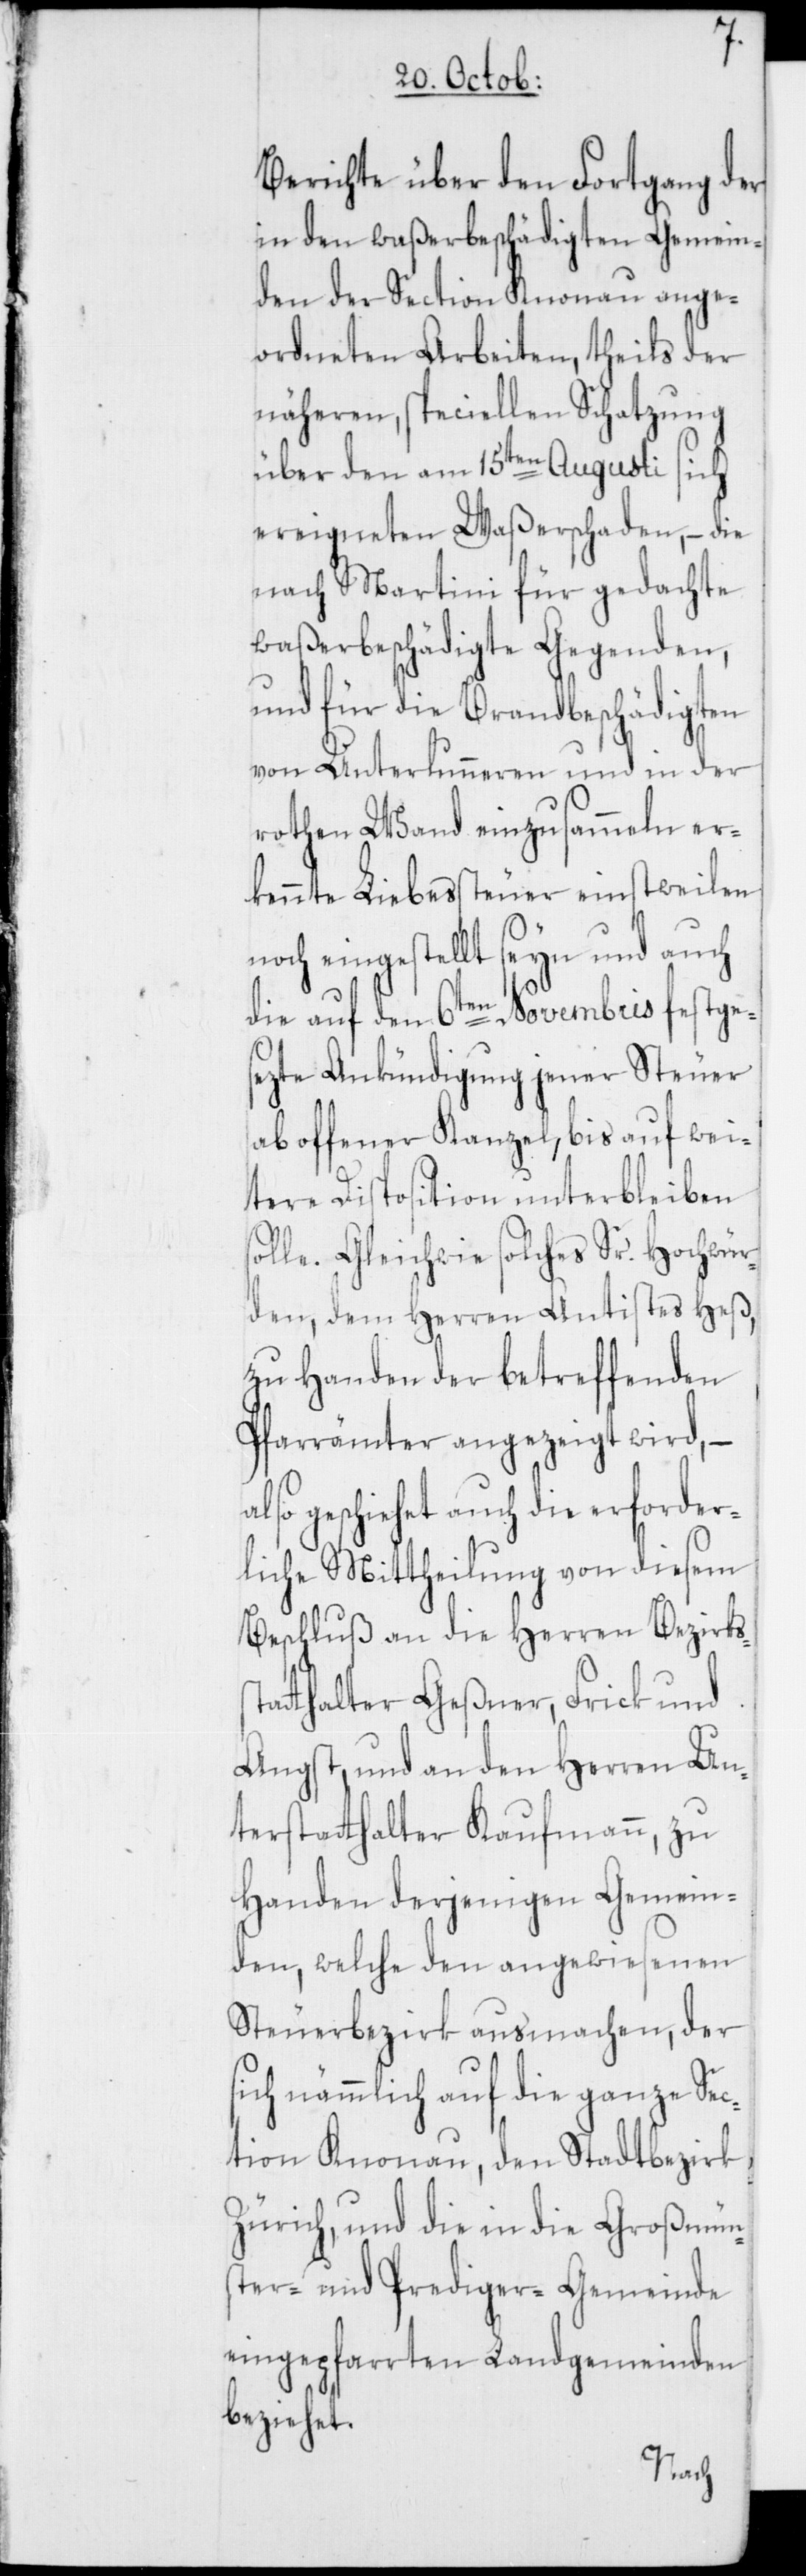
s¬
Berichte über den Fortgang der
in den waßerbeschädigten Gemein¬
den der Section Knonau ange¬
ordneten Arbeiten, theils der
näheren, speciellen Schatzung
über den am 15ten Augusti sich
ereigneten Waßerschaden, – die
nach Martini für gedachte
waßerbeschädigte Gegenden,
und für die Brandbeschädigten
von Unterlunneren und in der
rothen Wand einzusammeln er¬
kennte Liebessteuer einstweilen
och eingestellt seyn und auch
die auf den 6ten Novembris festge¬
sezte Ankündigung jener Steuer
ab offener Kanzel, bis auf wei¬
tere Disposition unterbleiben
solle. Gleichwie solches Sr. Hochwür¬
den, dem Herren Antistes Heß,
zu Handen der betreffenden
Pfarrämter angezeigt wird, –
lso geschiehet auch die erforder¬
liche Mittheilung von diesem
Beschluß an die Herren Bezirks¬
tatthalter Geßner, Frick und
Angst, und an den Herren Un¬
terstatthalter Kaufmann, zu
Handen derjenigen Gemein¬
den, welche den angewiesenen
Steuerbezirk ausmachen, der
sich nämmlich auf die ganze Sec¬
tion Knonau, den Stadtbezirk
Zürich, und die in die Großmün¬
ster- und Prediger-Gemeinde
eingepfarrten Landgemeinden
beziehet.